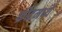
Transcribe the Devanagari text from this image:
क्रीटमध्ये